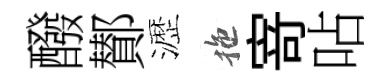
醱鄼瀝拖𭔃呫